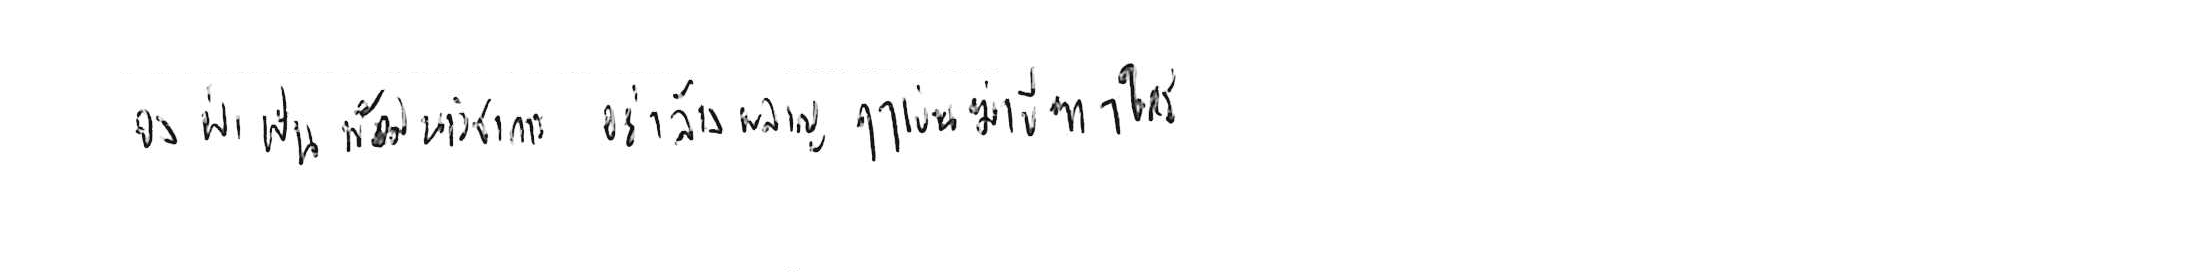
จงฝ่าฟันพัฒนาวิชาการ อย่าล้างผลาญฤๅเข่นฆ่าบีฑาใคร